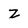
Character: z